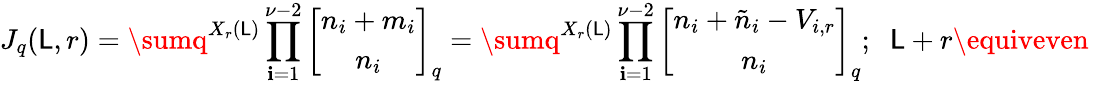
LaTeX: J_{q}(\mathsf{L},r)=\sumq^{X_{r}(\mathsf{L})}\prod_{\mathbf{i}=1}^{\nu-2}\left[\begin{array}{c}{{n_{i}+m_{i}}}\\ {{n_{i}}}\end{array}\right]_{q}=\sumq^{X_{r}(\mathsf{L})}\prod_{\mathbf{i}=1}^{\nu-2}\left[\begin{array}{c}{{n_{i}+\tilde{n}_{i}-V_{i,r}}}\\ {{n_{i}}}\end{array}\right]_{q};\; \; \mathsf{L}+r\equiveven\; \;